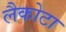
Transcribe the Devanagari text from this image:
लैकोटा